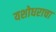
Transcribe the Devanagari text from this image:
यशोधराचा